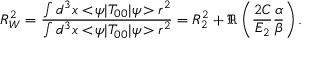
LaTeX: R _ { W } ^ { 2 } = { \frac { \int d ^ { 3 } x < \! \psi | T _ { 0 0 } | \psi \! > r ^ { 2 } } { \int d ^ { 3 } x < \! \psi | T _ { 0 0 } | \psi \! > r ^ { 2 } } } = R _ { 2 } ^ { 2 } + \Re \left( { \frac { 2 C } { E _ { 2 } } } { \frac { \alpha } { \beta } } \right) .